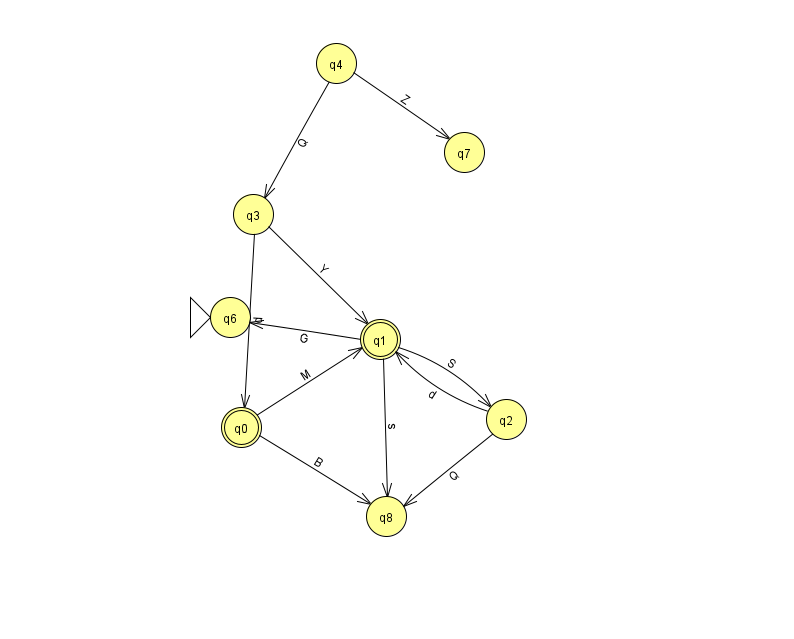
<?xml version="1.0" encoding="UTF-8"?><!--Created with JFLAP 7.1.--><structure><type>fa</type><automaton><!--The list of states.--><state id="0" name="q0"><x>241.0</x><y>414.0</y><final/></state><state id="1" name="q1"><x>380.0</x><y>326.0</y><final/></state><state id="2" name="q2"><x>506.0</x><y>406.0</y></state><state id="3" name="q3"><x>253.0</x><y>201.0</y></state><state id="4" name="q4"><x>336.0</x><y>50.0</y></state><state id="6" name="q6"><x>230.0</x><y>304.0</y><initial/></state><state id="7" name="q7"><x>464.0</x><y>139.0</y></state><state id="8" name="q8"><x>386.0</x><y>503.0</y></state><!--The list of transitions.--><transition><from>1</from><to>6</to><read>G</read></transition><transition><from>1</from><to>8</to><read>s</read></transition><transition><from>0</from><to>1</to><read>M</read></transition><transition><from>4</from><to>3</to><read>Q</read></transition><transition><from>0</from><to>8</to><read>B</read></transition><transition><from>3</from><to>1</to><read>Y</read></transition><transition><from>2</from><to>1</to><read>d</read></transition><transition><from>1</from><to>2</to><read>S</read></transition><transition><from>2</from><to>8</to><read>Q</read></transition><transition><from>3</from><to>0</to><read>d</read></transition><transition><from>4</from><to>7</to><read>Z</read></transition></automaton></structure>